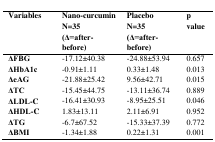
<table><thead><tr><td><b>Variables</b></td><td><b>Nano-curcuminN=35(Δ=after- before)</b></td><td><b>PlaceboN=35(Δ=after- before)</b></td><td><b>p value</b></td></tr></thead><tbody><tr><td><b>ΔFBG</b></td><td>-17.12±40.38</td><td>-24.88±53.94</td><td>0.657</td></tr><tr><td><b>ΔHbA1c</b></td><td>-0.91±1.11</td><td>0.33±1.48</td><td>0.013</td></tr><tr><td><b>ΔeAG</b></td><td>-21.88±25.42</td><td>9.56±42.71</td><td>0.015</td></tr><tr><td><b>ΔTC</b></td><td>-15.45±44.75</td><td>-13.11±36.74</td><td>0.889</td></tr><tr><td><b>ΔLDL-C</b></td><td>-16.41±30.93</td><td>-8.95±25.51</td><td>0.046</td></tr><tr><td><b>ΔHDL-C</b></td><td>1.83±13.11</td><td>2.11±6.91</td><td>0.952</td></tr><tr><td><b>ΔTG</b></td><td>-6.7±67.52</td><td>-15.33±37.39</td><td>0.772</td></tr><tr><td><b>ΔBMI</b></td><td>-1.34±1.88</td><td>0.22±1.31</td><td>0.001</td></tr></tbody></table>